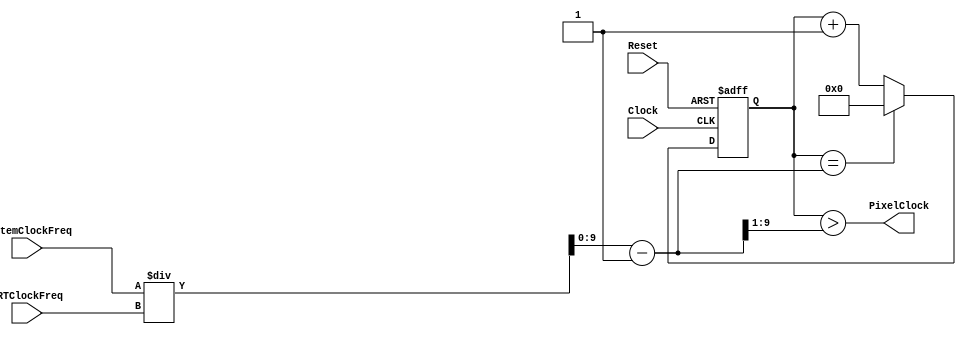
module CRTClock(SystemClockFreq, CRTClockFreq, PixelClock, Reset, Clock);

	parameter SystemClockSize=10;

	input  [SystemClockSize-1:0] SystemClockFreq;
	input  [SystemClockSize-1:0] CRTClockFreq;
	output PixelClock;
	input  Reset;
	input  Clock;

	reg  [SystemClockSize-1:0] counter;
	wire [SystemClockSize-1:0] MaxCounter;
	
	assign MaxCounter = (SystemClockFreq / CRTClockFreq) - 1;
	assign PixelClock = counter > (MaxCounter >> 1);
	
	always @ (posedge Clock or posedge Reset)
		if (Reset) counter <= 0;
		else begin
			if (counter == MaxCounter) counter <= 0;
			else counter <= counter + 1'd1;
			end
endmodule